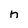
Character: n